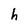
Character: h